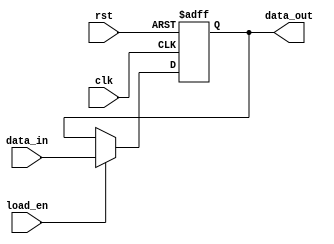
module control_register (
    input wire clk,          // Clock signal
    input wire rst,          // Asynchronous reset signal
    input wire [n-1:0] data_in, // Data input (control signals)
    input wire load_en,      // Load enable signal
    output reg [n-1:0] data_out // Data output (current value of control register)
);
    parameter n = 8; // Parameter for the width of the control register (can be changed as needed)

    // Asynchronous reset and synchronous loading
    always @(posedge clk or posedge rst) begin
        if (rst) begin
            data_out <= {n{1'b0}}; // Set to default value (all zeros)
        end else if (load_en) begin
            data_out <= data_in; // Load new data into the register
        end
        // If neither reset nor load enable is asserted, retain current value
    end
endmodule